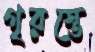
গৃরস্তে